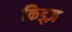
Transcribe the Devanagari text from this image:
किड्ज़